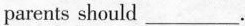
parents should ___ .